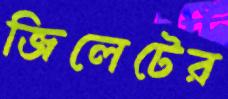
জিলেটের